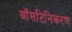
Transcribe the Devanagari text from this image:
ऑसटिनिकरण